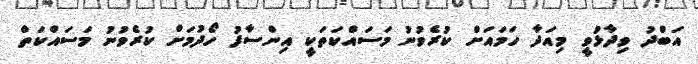
އަބްދު ވިދާޅުވީ މިއަދާ ހަމައަށް ކުރެވުނު މަސައްކަތަކީ އިންސާފު ހޯދުމަށް ކުރެވުނު މަސައްކަތް